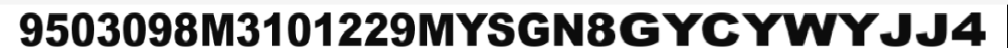
9503098M3101229MYSGN8GYCYWYJJ4